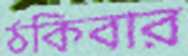
ঠকিবার